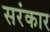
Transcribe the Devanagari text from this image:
सरंकार